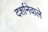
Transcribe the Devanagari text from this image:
दर्शानेवाले